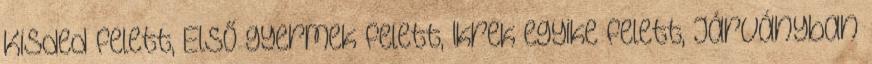
Kisded felett, Első gyermek felett, Ikrek egyike felett, Járványban